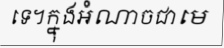
ទេ។ក្នុងអំណាចជាមេ